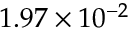
1 . 9 7 \times 1 0 ^ { - 2 }